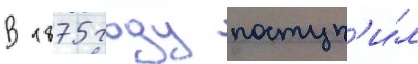
В 1875 году поступ'и́л